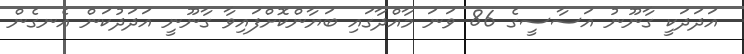
އަދަދަކީ ގާނޫނު އަސާސީގެ 86 ވަނަ މާއްދާގައި ބަޔާންކޮށްފައިވާ ގާނޫނީ އަދަދުކަން އެނގެން